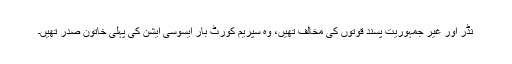
نڈر اور غیر جمہوریت پسند قوتوں کی مخالف تھیں، وہ سپریم کورٹ بار ایسوسی ایشن کی پہلی خاتون صدر تھیں۔